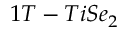
1 T - T i S e _ { 2 }